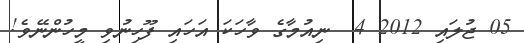
05 ޖުލައި 2012 4  ނިއުމާގެ ވާހަކަ އަހައި ފޫހިނުވި މީހުންނޭވެ!